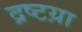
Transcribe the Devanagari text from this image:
द्रष्टय़ा